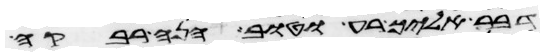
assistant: דבר אליך רע וטוב הנה רבקה